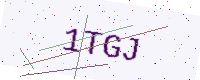
Text: 1TGJ